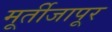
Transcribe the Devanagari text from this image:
मूर्तीजापूर